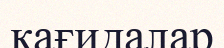
қағидалар